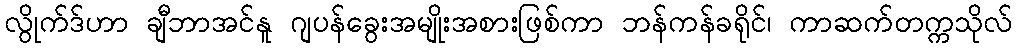
လွိုက်ဒ်ဟာ ချီဘာအင်နူ ဂျပန်ခွေးအမျိုးအစားဖြစ်ကာ ဘန်ကန်ခရိုင်၊ ကာဆက်တက္ကသိုလ်